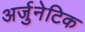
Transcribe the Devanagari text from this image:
अर्जुनेटिक